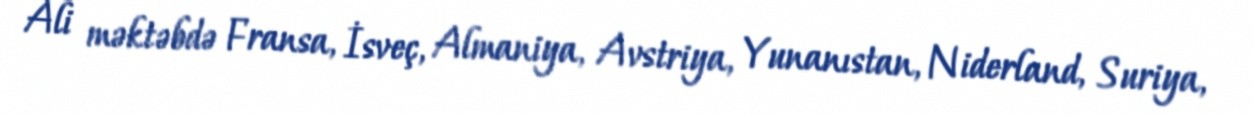
Ali məktəbdə Fransa, İsveç, Almaniya, Avstriya, Yunanıstan, Niderland, Suriya,